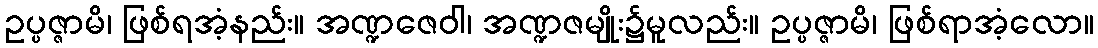
ဥပ္ပဇ္ဇာမိ၊ ဖြစ်ရအံ့နည်း။ အဏ္ဍဇေဝါ၊ အဏ္ဍဇမျိုး၌မူလည်း။ ဥပ္ပဇ္ဇာမိ၊ ဖြစ်ရာအံ့လော။